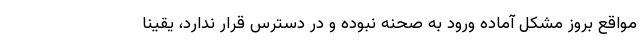
مواقع بروز مشکل آماده ورود به صحنه نبوده و در دسترس قرار ندارد، یقیناً